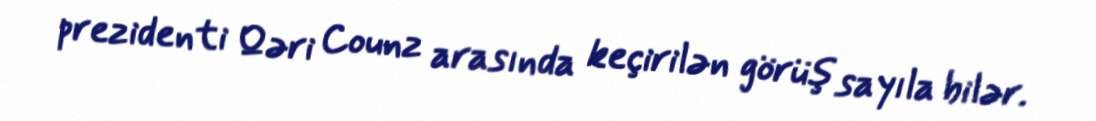
prezidenti Qəri Counz arasında keçirilən görüş sayıla bilər.